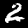
Label: 2